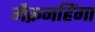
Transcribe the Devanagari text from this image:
मैक्रनहिंगा